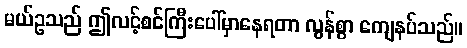
မယ်ဥသည် ဤလင့်စင်ကြီးပေါ်မှာနေရတာ လွန်စွာ ကျေနပ်သည်။